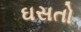
ઘસતો